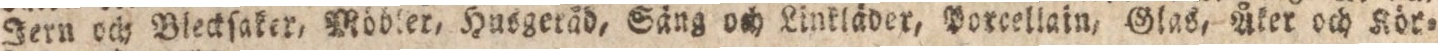
Jern och Blecksaker, Möbler, Husgeråd, Säng och Linkläder, Porcellain, Glas, Åker och Kör=